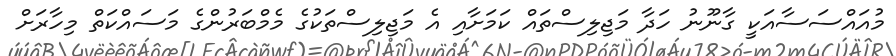
މުއައްސަސާއަކީ ގާނޫނު ހަދާ މަޖިލިސްތައް ކަމަށާއި އެ މަޖިލިސްތަކުގެ މެމްބަރުންގެ މަސައްކަތް މިހާރަށް